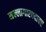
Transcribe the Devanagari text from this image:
सल्लागारपदावर